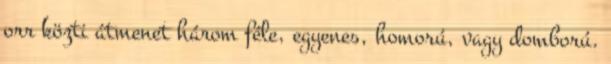
orr közti átmenet három féle, egyenes, homorú, vagy domború.